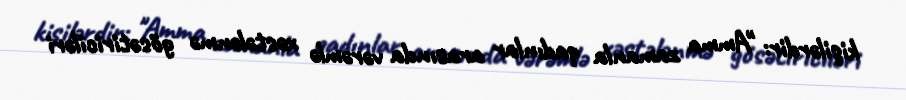
kişilərdir: "Amma zamanla qadınlar arasında vərəmlə xəstələnmə gösətiriciləri